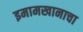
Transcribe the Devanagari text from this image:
इमामखानाचा